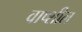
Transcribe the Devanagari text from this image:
वाष्शील